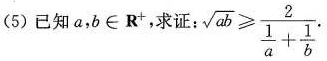
(5)已知a，b\in R^{+}，求证： $$\sqrt { a b } ≥ \frac { 2 } { \frac { 1 } { a } + \frac { 1 } { b } }.$$